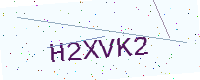
Text: H2XVK2